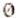
0